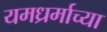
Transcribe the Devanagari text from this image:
यमध्रर्माच्या